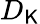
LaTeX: D_{\mathsf{K}}